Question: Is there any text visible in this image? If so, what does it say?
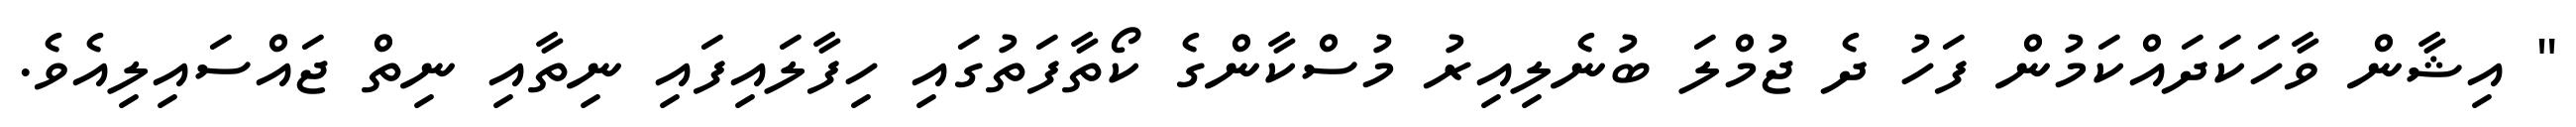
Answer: " އިޝާން ވާހަކަދައްކަމުން ފަހު ދެ ޖުމްލަ ބުނެލިއިރު މުސްކާންގެ ކޯތާފަތުގައި ހިފާލައިފައި ނިތާއި ނިތް ޖައްސައިލިއެވެ.